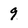
Character: 9